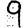
Digit: 9